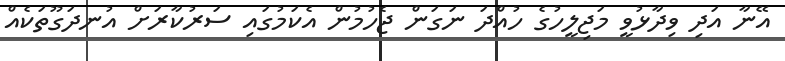
އޭނާ އަދި ވިދާޅުވީ މަޖިލީހުގެ ހުއްދަ ނަގަން ޖެހުމުން އެކަމުގައި ސަރުކާރަށް އުނދަގޫތަކެއް